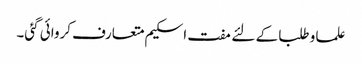
علما و طلبا کے لئے مفت اسکیم متعارف کروائی گئی۔